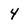
Character: 4